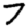
Digit: 7